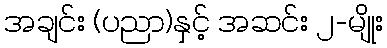
အချင်း (ပညာ)နှင့် အဆင်း ၂-မျိုး